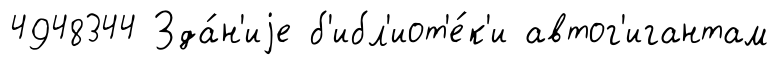
4948344 Зда́н'иjе б'ибл'иот'е́к'и автог'игантам